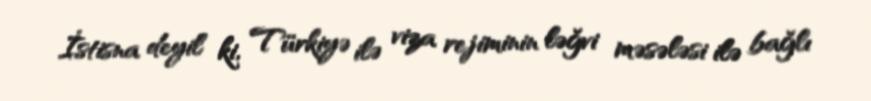
İstisna deyil ki, Türkiyə ilə viza rejiminin ləğvi məsələsi ilə bağlı